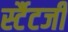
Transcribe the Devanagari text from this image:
र्स्टैटजी